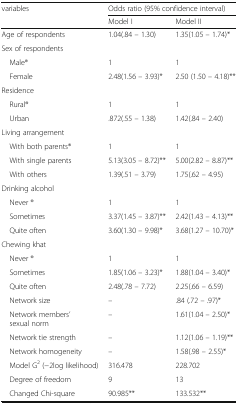
| <ROWSPAN=2> variables | <COLSPAN=2> Odds ratio (95% confidence interval) |
 | Model I | Model II |
 | --- | --- | --- |
 | Age of respondents | 1.04(.84 – 1.30) | 1.35(1.05 – 1.74)* |
 | <COLSPAN=3> Sex of respondents |
 | Male® | 1 | 1 |
 | Female | 2.48(1.56 – 3.93)* | 2.50 (1.50 – 4.18)** |
 | <COLSPAN=3> Residence |
 | Rural® | 1 | 1 |
 | Urban | .872(.55 – 1.38) | 1.42(.84 – 2.40) |
 | <COLSPAN=3> Living arrangement |
 | With both parents® | 1 | 1 |
 | With single parents | 5.13(3.05 – 8.72)** | 5.00(2.82 – 8.87)** |
 | With others | 1.39(.51 – 3.79) | 1.75(.62 – 4.95) |
 | <COLSPAN=3> Drinking alcohol |
 | Never ® | 1 | 1 |
 | Sometimes | 3.37(1.45 – 3.87)** | 2.42(1.43 – 4.13)** |
 | Quite often | 3.60(1.30 – 9.98)* | 3.68(1.27 – 10.70)* |
 | <COLSPAN=3> Chewing khat |
 | Never ® | 1 | 1 |
 | Sometimes | 1.85(1.06 – 3.23)* | 1.88(1.04 – 3.40)* |
 | Quite often | 2.48(.78 – 7.72) | 2.25(.66 – 6.59) |
 | Network size | – | .84 (.72 – .97)* |
 | Network members’ sexual norm | – | 1.61(1.04 – 2.50)* |
 | Network tie strength | – | 1.12(1.06 – 1.19)** |
 | Network homogeneity | – | 1.58(.98 – 2.55)* |
 | Model G2 (−2log likelihood) | 316.478 | 228.702 |
 | Degree of freedom | 9 | 13 |
 | Changed Chi-square | 90.985** | 133.532** |